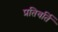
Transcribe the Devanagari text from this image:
प्रतिवर्ति